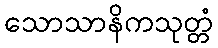
သောသာနိကသုတ္တံ